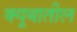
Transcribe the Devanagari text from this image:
क्यूबातील